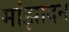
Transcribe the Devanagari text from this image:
मांझादन